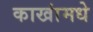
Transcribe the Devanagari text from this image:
काखांमधे